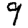
Digit: 9